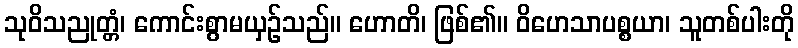
သုဝိသညုတ္တံ၊ ကောင်းစွာမယှဉ်သည်။ ဟောတိ၊ ဖြစ်၏။ ဝိဟေသာပစ္စယာ၊ သူတစ်ပါးတို